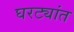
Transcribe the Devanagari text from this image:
घरट्यांत